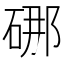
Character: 𪿣